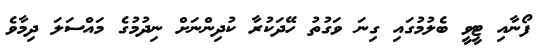
ފޯނާއި ޓީވީ ބެލުމުގައި ގިނަ ވަގުތު ހޭދަކުރާ ކުދިންނަށް ނިދުމުގެ މައްސަލަ ދިމާވެ